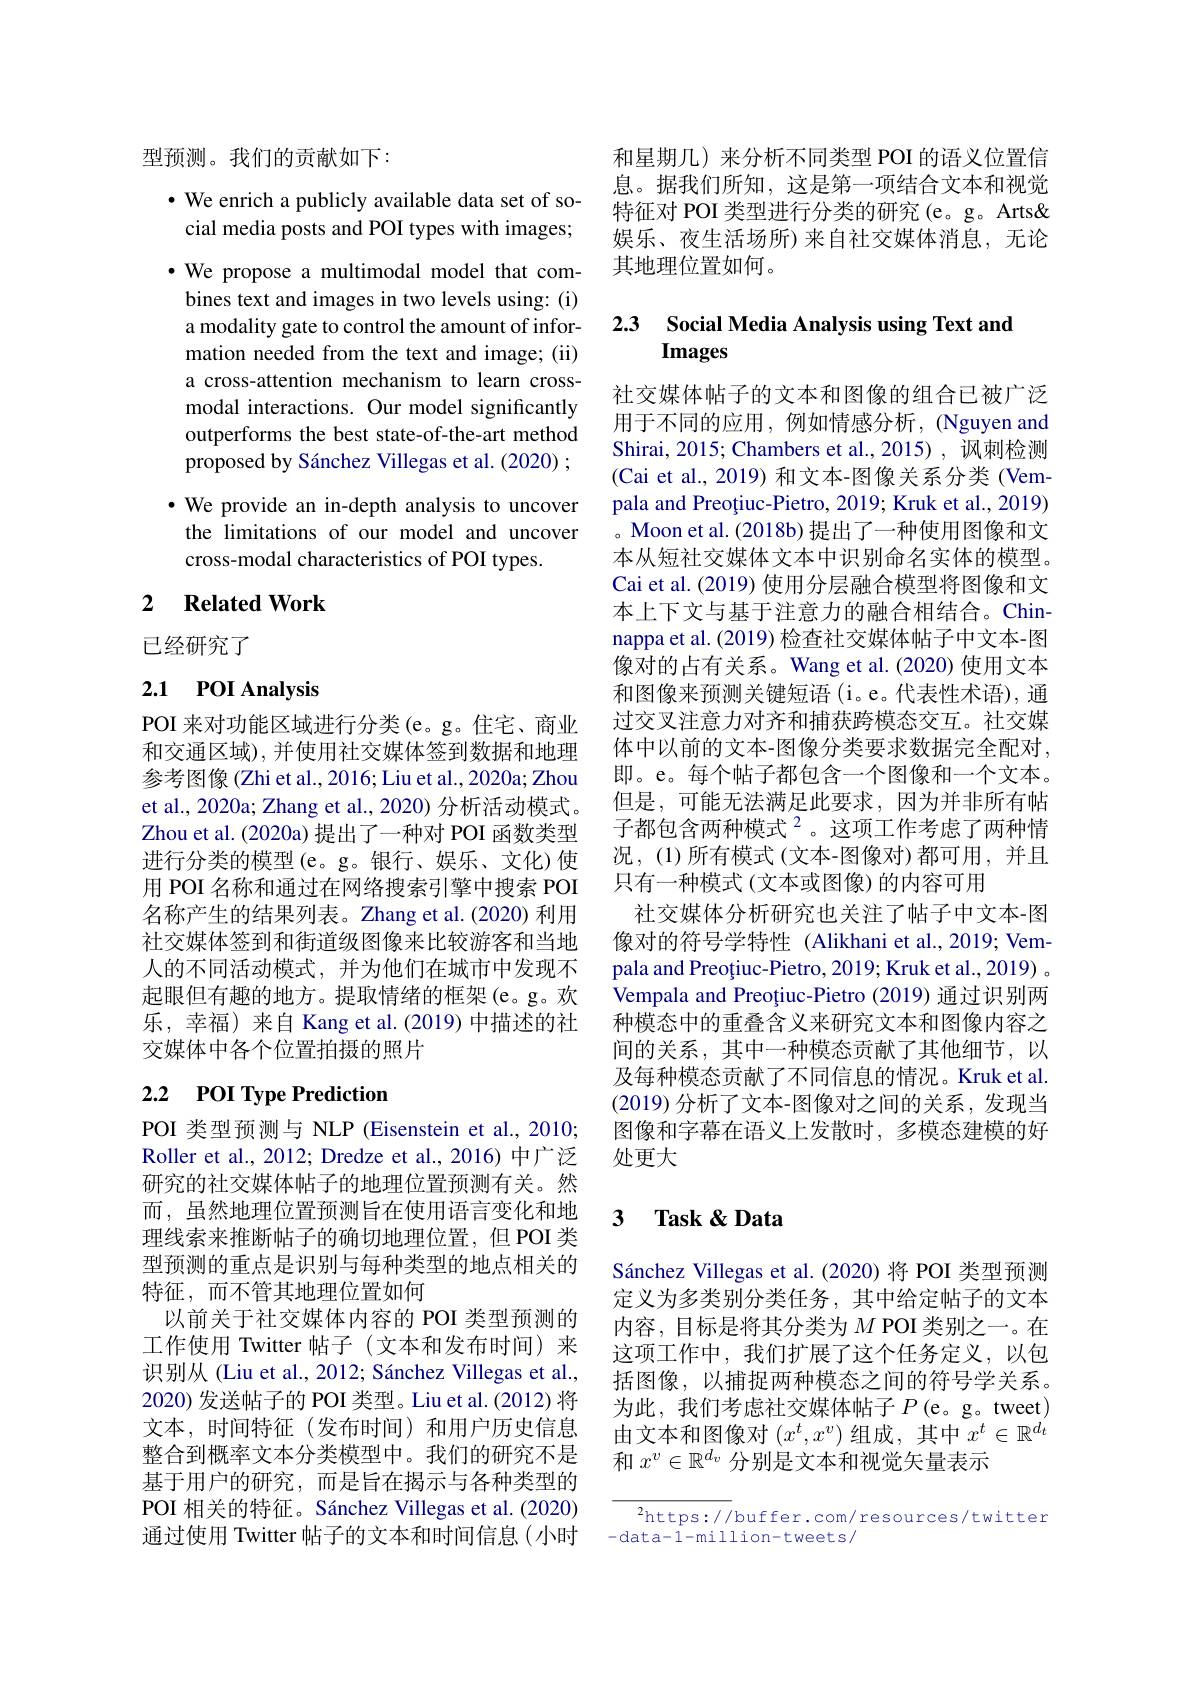
型预测。我们的贡献如下：

## $\cdot$ We enrich a publicly available data set of social media posts and POI types with images;

·We propose a multimodal model that combines text and images in two levels using: (i) a modality gate to control the amount of information needed from the text and image; (ii) a cross-attention mechanism to learn crossmodal interactions. Our model significantly outperforms the best state-of-the-art method proposed by Sánchez Villegas et al. (2020) ; ·We provide an in-depth analysis to uncover the limitations of our model and uncover cross-modal characteristics of POI types.

### 2 $\textbf{Related Work}$

已经研究了

# 2.1 POI Analysis

POI 来对功能区域进行分类(e。g。住宅、商业和交通区域),并使用社交媒体签到数据和地理参考图像 (Zhi et al., 2016; Liu et al., 2020a; Zhou et al., 2020a; Zhang et al., 2020) 分析活动模式。Zhou et al. (2020a) 提出了一种对 POI 函数类型进行分类的模型(e。g。银行、娱乐、文化)使用 POI 名称和通过在网络搜索引擎中搜索 POI 名称产生的结果列表。Zhang et al.(2020) 利用社交媒体签到和街道级图像来比较游客和当地人的不同活动模式，并为他们在城市中发现不起眼但有趣的地方。提取情绪的框架(e。g。欢乐，幸福)来自 Kang et al.(2019) 中描述的社交媒体中各个位置拍摄的照片

# 2.2 POI Type Prediction

POI 类型预测与 NLP (Eisenstein et al., 2010; Roller et al., 2012; Dredze et al., 2016) 中广泛研究的社交媒体帖子的地理位置预测有关。然而，虽然地理位置预测旨在使用语言变化和地理线索来推断帖子的确切地理位置，但 POI 类型预测的重点是识别与每种类型的地点相关的特征，而不管其地理位置如何
以前关于社交媒体内容的 POI 类型预测的工作使用 Twitter 帖子(文本和发布时间)来识别从 (Liu et al., 2012; Sánchez Villegas et al., 2020) 发送帖子的 POI 类型。Liu et al.(2012) 将文本，时间特征(发布时间)和用户历史信息整合到概率文本分类模型中。我们的研究不是基于用户的研究，而是旨在揭示与各种类型的POI 相关的特征。Sánchez Villegas et al. (2020) 通过使用 Twitter 帖子的文本和时间信息(小时

和星期几)来分析不同类型 POI 的语义位置信息。据我们所知，这是第一项结合文本和视觉特征对 POI 类型进行分类的研究 (e。g。Arts& 娱乐、夜生活场所)来自社交媒体消息，无论其地理位置如何。

# 2.3 Social Media Analysis using Text and Images

社交媒体帖子的文本和图像的组合已被广泛用于不同的应用，例如情感分析，(Nguyen and Shirai, 2015; Chambers et al., 2015) , 讽刺检测(Cai et al., 2019) 和文本-图像关系分类 (Vempala and Preoțiuc-Pietro, 2019; Kruk et al., 2019) 。Moon et al. (2018b) 提出了一种使用图像和文本从短社交媒体文本中识别命名实体的模型。Cai et al. (2019) 使用分层融合模型将图像和文本上下文与基于注意力的融合相结合。Chinnappa et al. (2019) 检查社交媒体帖子中文本-图像对的占有关系。Wang et al.(2020) 使用文本和图像来预测关键短语(i。e。代表性术语),通过交叉注意力对齐和捕获跨模态交互。社交媒体中以前的文本-图像分类要求数据完全配对， 即。e。每个帖子都包含一个图像和一个文本。但是，可能无法满足此要求，因为并非所有帖子都包含两种模式$^{2}$。这项工作考虑了两种情况，(1)所有模式(文本-图像对)都可用，并且只有一种模式(文本或图像)的内容可用
社交媒体分析研究也关注了帖子中文本-图像对的符号学特性(Alikhani et al., 2019; Vempala and Preoțiuc-Pietro, 2019; Kruk et al., 2019) 。Vempala and Preoțiuc-Pietro (2019) 通过识别两种模态中的重叠含义来研究文本和图像内容之间的关系，其中一种模态贡献了其他细节，以及每种模态贡献了不同信息的情况。Kruk et al (2019)分析了文本-图像对之间的关系，发现当图像和字幕在语义上发散时，多模态建模的好处更大

### $\textbf{3}$ $\textbf{Task}\&$Data

Sánchez Villegas et al.(2020)将 POI 类型预测定义为多类别分类任务，其中给定帖子的文本内容，目标是将其分类为$M$ POI 类别之一。在这项工作中，我们扩展了这个任务定义，以包括图像，以捕捉两种模态之间的符号学关系。为此，我们考虑社交媒体帖子$P($e。g。tweet) 由文本和图像对$(x^t,x^v)$组成，其中$x^t\in\mathbb{R}^d_t$ 和$x^v\in\mathbb{R}^{d_v}$分别是文本和视觉矢量表示

$^{2}$https://buffer.com/resources/twitter
-data-1-million-tweets/